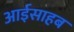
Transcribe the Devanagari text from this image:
आईसाहब